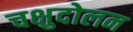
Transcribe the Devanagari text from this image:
चक्षुदोलन